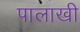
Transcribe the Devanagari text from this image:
पालाखी